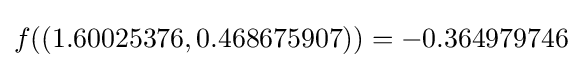
f((1.60025376,0.468675907))=-0.364979746